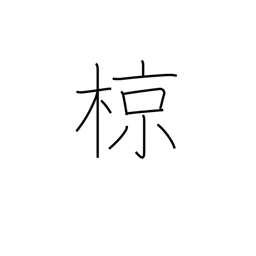
Meaning: grey starling